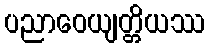
ပညာဝေယျတ္တိယဿ